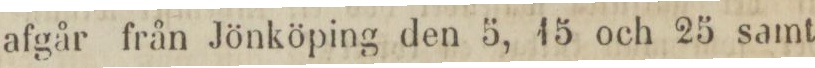
afgår från Jönköping den 5, 15, och 25 samt